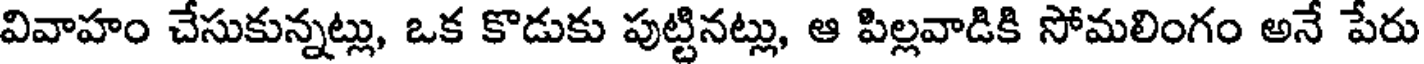
వివాహం చేసుకున్నట్లు, ఒక కొడుకు పుట్టినట్లు, ఆ పిల్లవాడికి సోమలింగం అనే పేరు